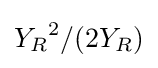
{Y_{R}}^{2}/(2Y_{R})